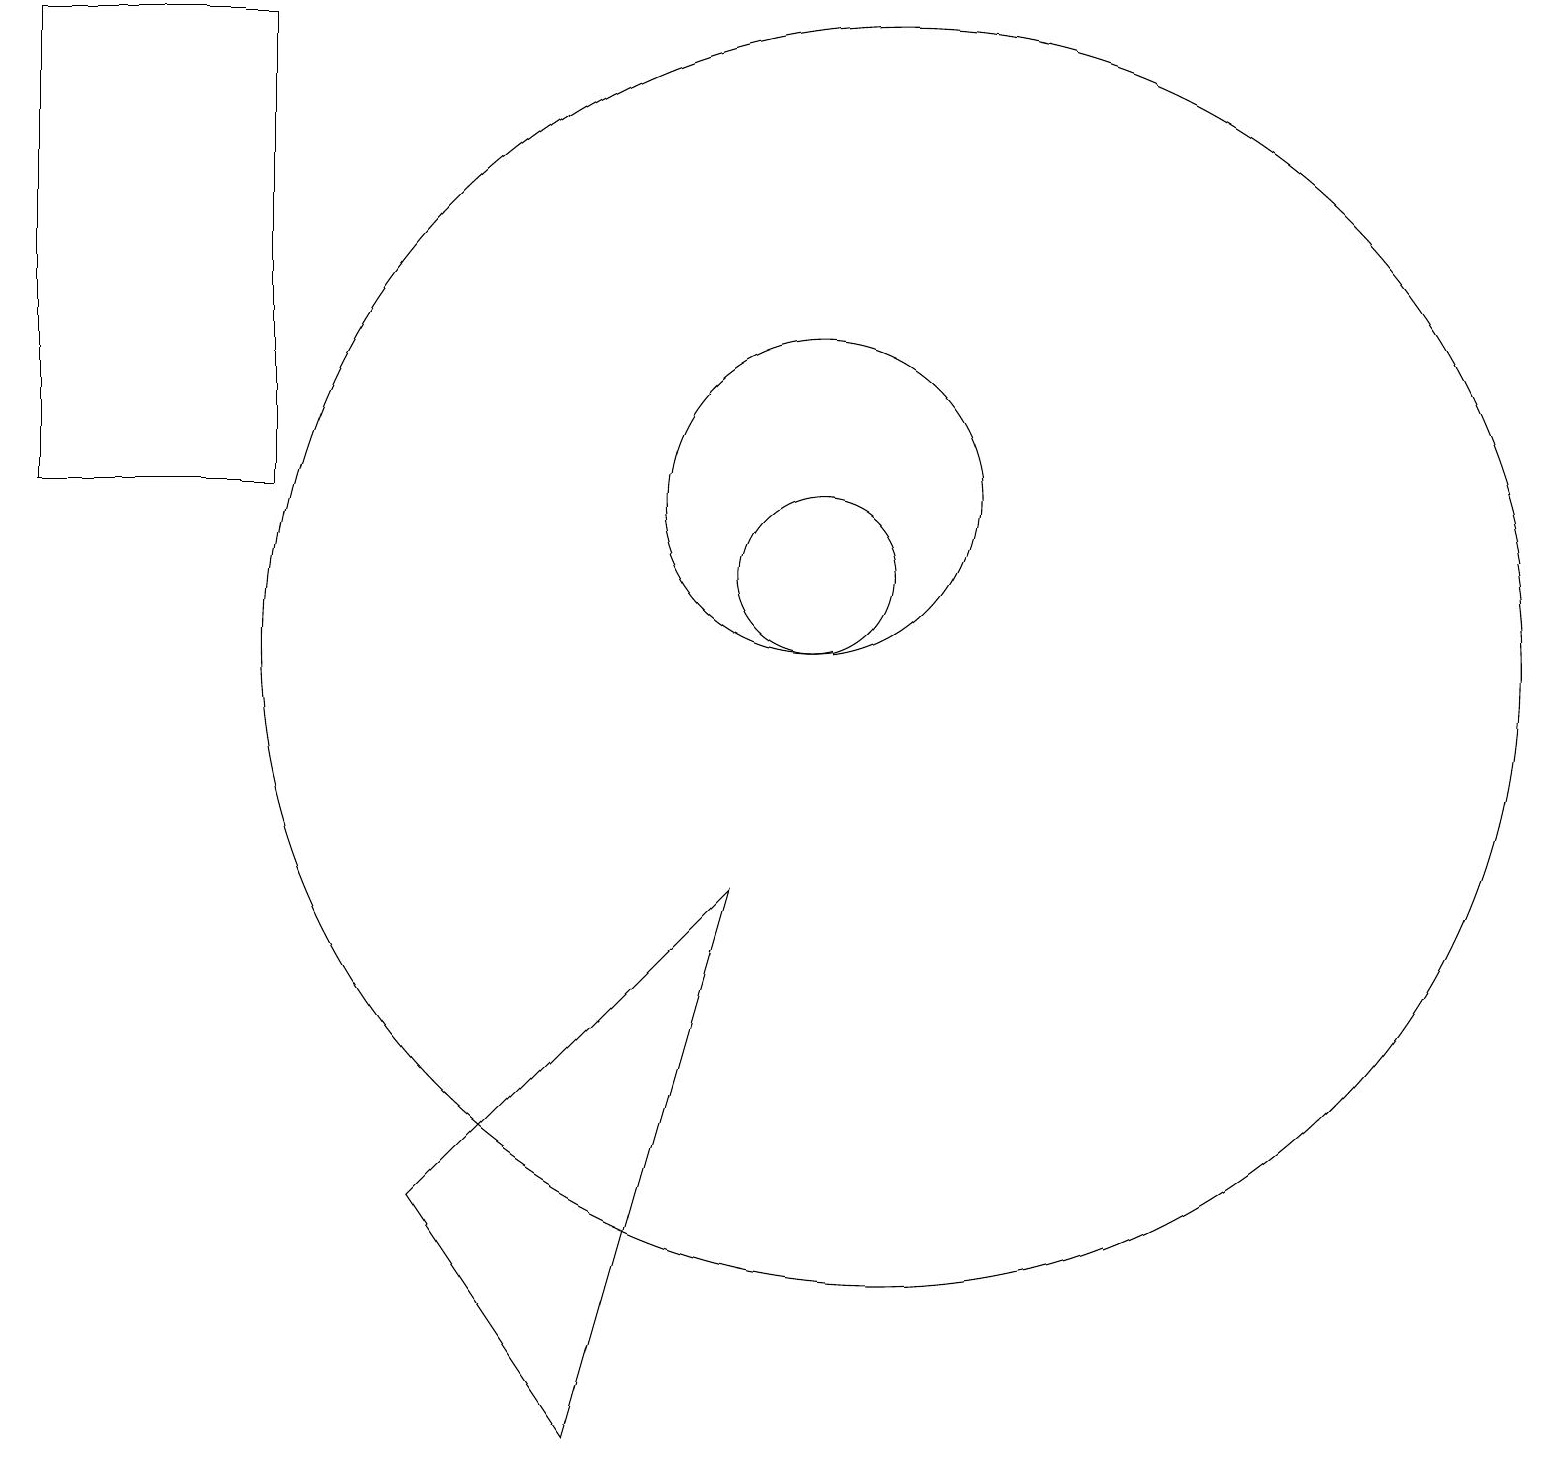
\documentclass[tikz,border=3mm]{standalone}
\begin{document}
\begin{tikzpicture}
\draw (10,11) circle (1);
\draw (0,18) rectangle (3,12);
\draw (11,10) circle (8);
\draw (9,7) -- (7,0) -- (5,3) -- cycle;
\draw (10,12) circle (2);
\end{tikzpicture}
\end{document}